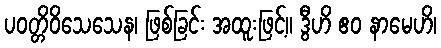
ပဝတ္တိဝိသေသေန၊ ဖြစ်ခြင်း အထူးဖြင့်။ ဒွီဟိ ဧဝ နာမေဟိ၊